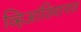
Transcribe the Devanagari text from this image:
व्हिआंतियानात